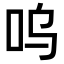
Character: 呜